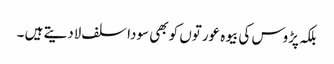
بلکہ پڑوس کی بیوہ عورتوں کو بھی سودا سلف لادیتے ہیں ۔